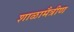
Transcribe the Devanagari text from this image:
शाळामैत्रीण